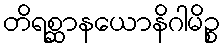
တိရစ္ဆာနယောနိဂါမိဉ္စ